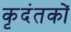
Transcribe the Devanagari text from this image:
कृदंतकों